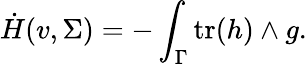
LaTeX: \dot{H}(v,\Sigma)=-\int_{\Gamma}\mathrm{tr}(h)\wedge g.